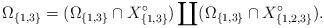
LaTeX: \begin{align*}\Omega_{\{1,3\}} = (\Omega_{\{1,3\}} \cap X_{\{1,3\}}^\circ) \coprod (\Omega_{\{1,3\}} \cap X_{\{1,2,3\}}^\circ).\end{align*}